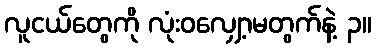
လူငယ်တွေကို လုံးဝလျှော့မတွက်နဲ့ ၃။